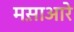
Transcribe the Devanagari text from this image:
मस़ाआरे